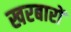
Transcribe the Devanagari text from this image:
खरबारों